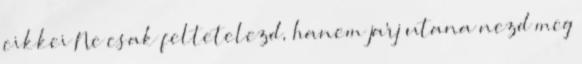
cikkei Ne csak feltetelezd, hanem jarj utana nezd meg